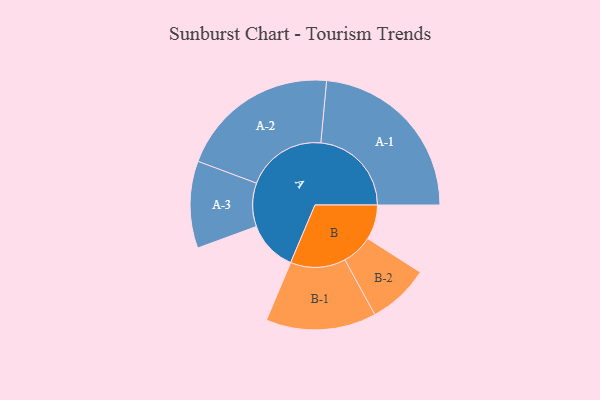
{"axis": {"x": "Segment", "y": "Value"}, "legend": ["", "A", "B"], "data": [{"x": "A", "y": 163, "type": ""}, {"x": "B", "y": 113, "type": ""}, {"x": "A-1", "y": 294, "type": "A"}, {"x": "A-2", "y": 260, "type": "A"}, {"x": "A-3", "y": 141, "type": "A"}, {"x": "B-1", "y": 179, "type": "B"}, {"x": "B-2", "y": 100, "type": "B"}]}